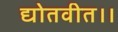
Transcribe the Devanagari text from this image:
द्योतवीत।।